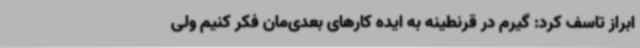
ابراز تاسف کرد: گیرم در قرنطینه به ایده کارهای بعدی‌مان فکر کنیم ولی